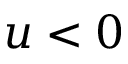
u < 0